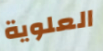
العلوية